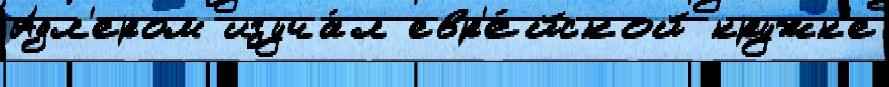
Адл'ером изуча́л евр'е́йской кружк'е